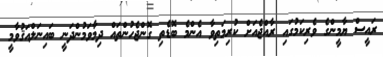
ރައީސް ޔާމީންގެ ވެރިކަމުގައި ރާއްޖެއަށް ކުރިމަތިވާ އެންމެ ބޮޑެތި ގޮންޖެހުންތައް ދިމާވަމުންދަނީ ބައިނަލްއަޤުވާމީ